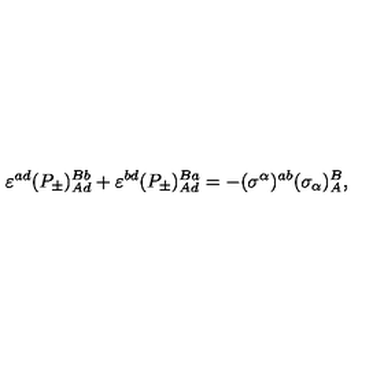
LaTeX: \varepsilon ^ { a d } ( P _ { \pm } ) _ { A d } ^ { B b } + \varepsilon ^ { b d } ( P _ { \pm } ) _ { A d } ^ { B a } = - ( \sigma ^ { \alpha } ) ^ { a b } ( \sigma _ { \alpha } ) _ { A } ^ { B } , \,